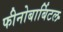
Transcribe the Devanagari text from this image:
फीनोबार्बिटल